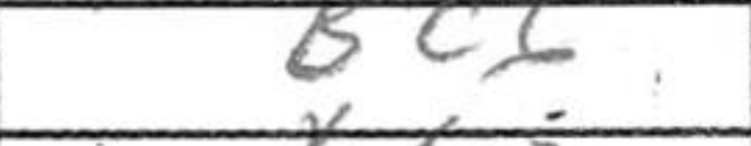
Transcription: Bc6